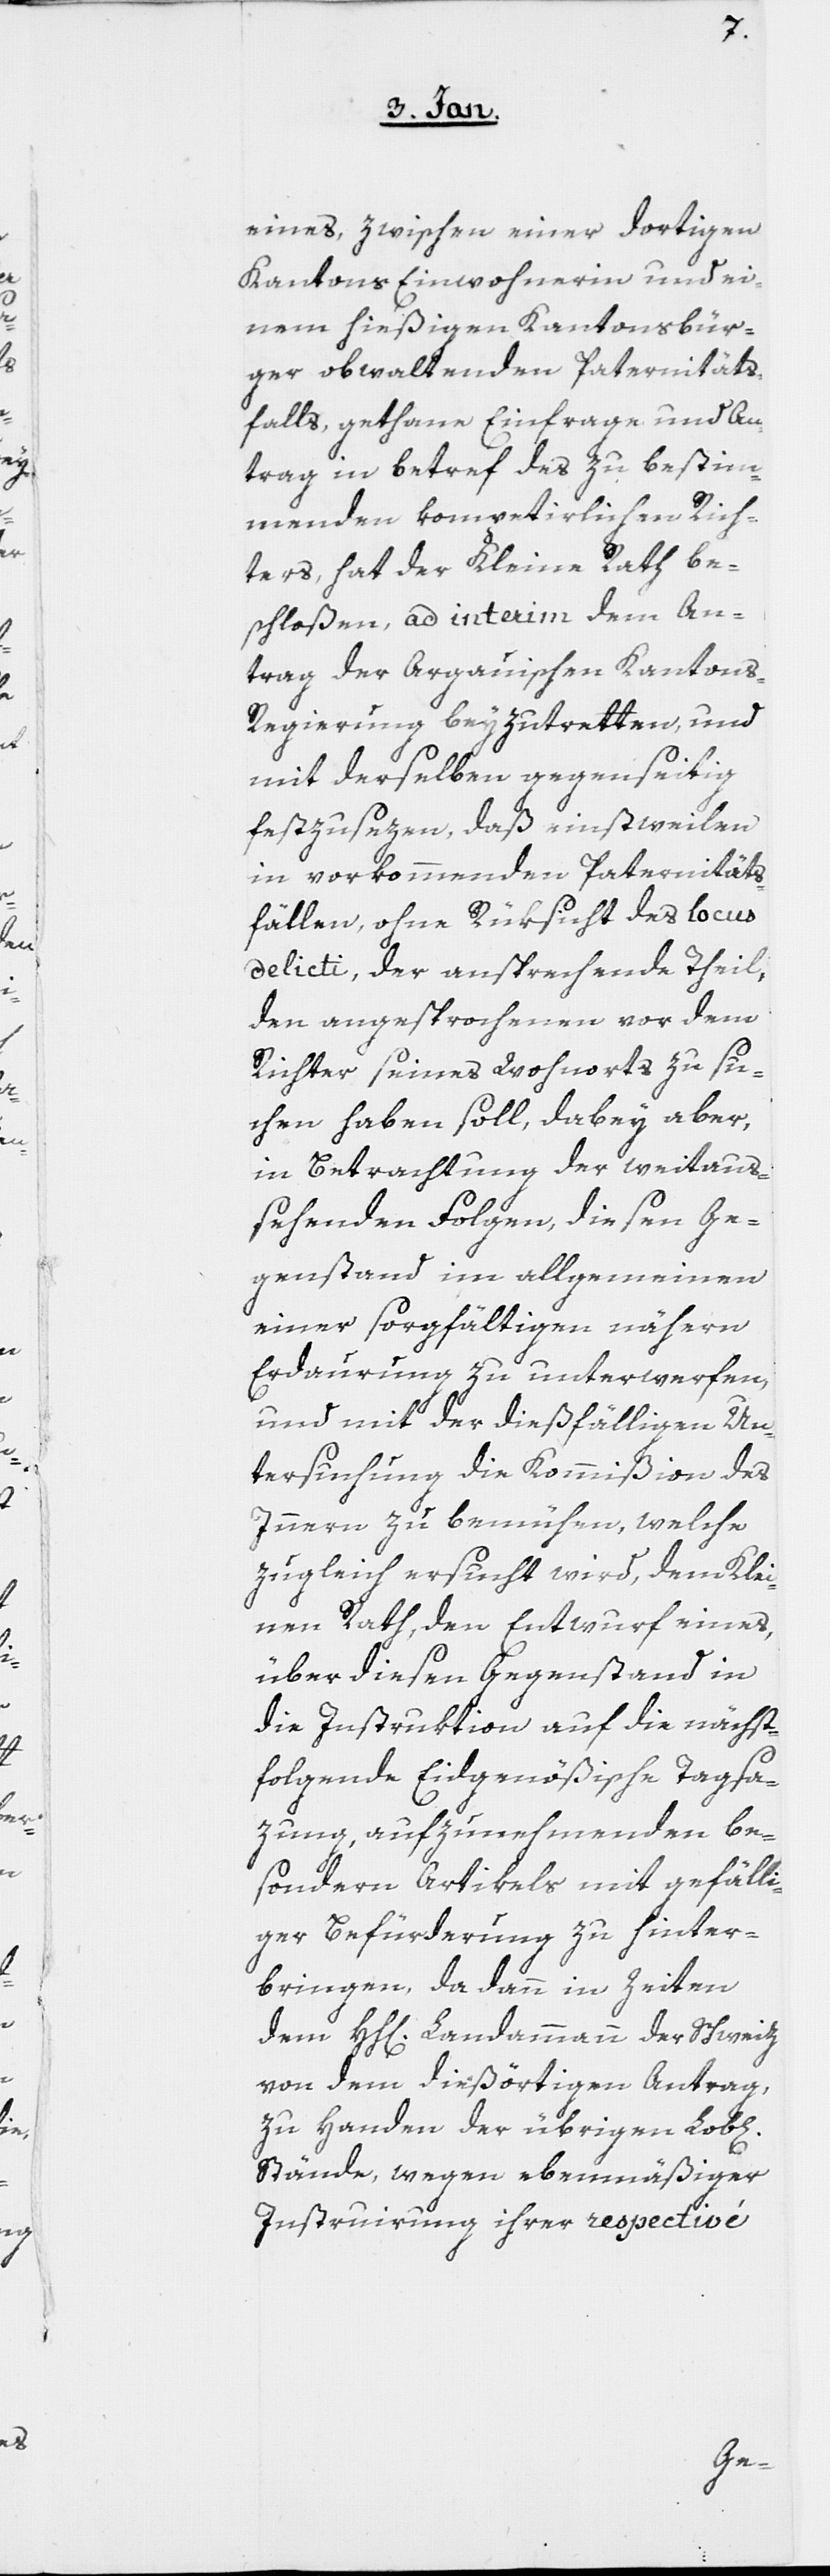
n]

eines, zwischen einer dortigen
Kantons Einwohnerin und ei¬
nem hießigen Kantonsbür¬
ger obwaltenden Paternitäts¬
falls, gethane Einfrage und An¬
trag in betref des zu bestim¬
menden kompetirlichen Rich¬
ters, hat der Kleine Rath be¬
schloßen, ad interim dem An¬
trag der Argäuischen Kanton¬
s-Regierung beyzutretten, und
mit derselben gegenseitig
festzusezen, daß einstweilen
in vorkommenden Paternitäts¬
fällen, ohne Rüksicht des locus
delicti, der ansprechende Theil,
den angesprochenen vor dem
Richter seines Wohnorts zu su¬
chen haben soll, dabey aber,
in Betrachtung der weitaus¬
sehenden Folgen, diesen Ge¬
genstand im Allgemeinen
einer sorgfältigen nähern
Erdaurung zu unterwerfen,
und mit der dießfälligen Un¬
tersuchung die Kommißion des
Innern zu bemühen, welche
zugleich ersucht wird, dem Klei¬
nen Rath, den Entwurf eines,
über diesen Gegenstand in
die Instruktion auf die nächst¬
folgende Eidgenößische Tagsa¬
zung, aufzunehmenden be¬
sondern Artikels mit gefälli¬
ger Befürderung zu hinter¬
bringen, da dann in Zeiten
dem HH[erren] Landammann der Schweiz
von dem dießörtigen Antrag,
zu Handen der übrigen Lob[li¬
Stände, wegen ebenmäßiger
Instruirung ihrer respectivé
che¬